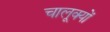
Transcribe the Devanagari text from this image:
चालूक्यों